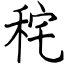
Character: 秺